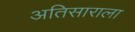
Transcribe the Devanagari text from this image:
अतिसाराला